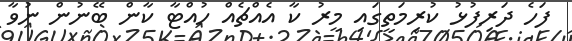
ފަހެ ދަރިފުޅު ކުރިމަތީގައި މީރު ކާ އެއްޗެއް ހުއްޓާ ކާން ބޭނުން ނުވާ